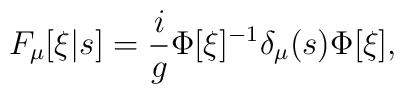
F_\mu[\xi|s] = \frac{i}{g} \Phi[\xi]^{-1} \delta_\mu(s) \Phi[\xi],